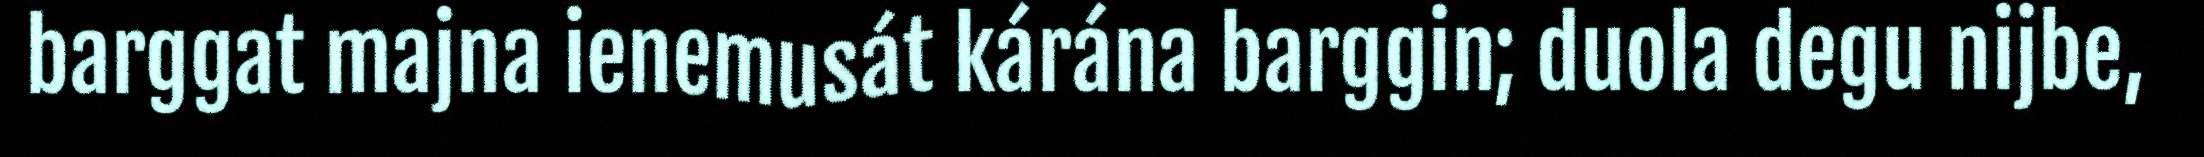
barggat majna ienemusát kárána barggin; duola degu nijbe,